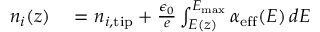
\begin{array} { r l } { n _ { i } ( z ) } & { { } = n _ { i , \mathrm { t i p } } + \frac { \epsilon _ { 0 } } { e } \int _ { E ( z ) } ^ { E _ { \mathrm { m a x } } } \alpha _ { \mathrm { e f f } } ( E ) \, d E } \end{array}